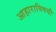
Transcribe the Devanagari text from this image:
आहाराविषयी